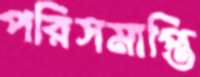
পরিসমাপ্তি